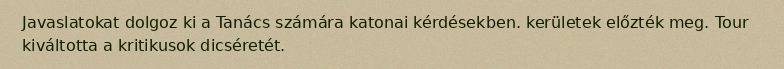
Javaslatokat dolgoz ki a Tanács számára katonai kérdésekben. kerületek előzték meg. Tour kiváltotta a kritikusok dicséretét.